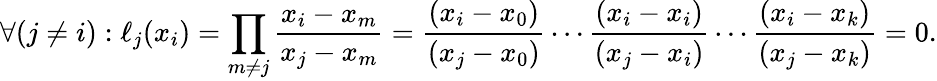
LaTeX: \forall({j\neq i}):\ell_{j}(x_{i})=\prod_{m\neq j}{\frac{x_{i}-x_{m}}{x_{j}-x_{m}}}={\frac{(x_{i}-x_{0})}{(x_{j}-x_{0})}}\cdots{\frac{(x_{i}-x_{i})}{(x_{j}-x_{i})}}\cdots{\frac{(x_{i}-x_{k})}{(x_{j}-x_{k})}}=0.